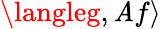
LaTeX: \langleg,\mathit{A}f\rangle